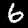
Digit: 6